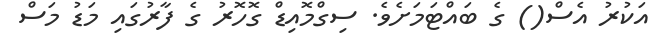
އަކުރު އެސް() ގެ ބައްޓަމަށެވެ. ސިގްމޮއިޑް ގޮހޮރު ގެ ފާރުގައި މަޑު މަސް